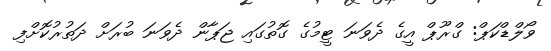
ވޯލްޑްކަޕް: ގްރޫޕް އީގެ ދެވަނަ ޓީމުގެ ގޮތުގައި ޖަޕާން ދެވަނަ ބުރަށް ދަތުރުކޮށްފި